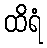
ထိရံ